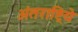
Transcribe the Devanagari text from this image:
अंतराष्ट्रिये